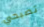
تصبحي